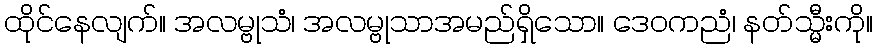
ထိုင်နေလျက်။ အလမ္ဗုသံ၊ အလမ္ဗုသာအမည်ရှိသော။ ဒေဝကညံ၊ နတ်သ္မီးကို။